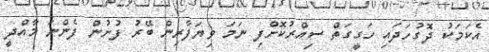
އެކަމަކު ދޮގުހަދައި ހަގީގަތް ސިއްރުކޮށްފި ނަމަ ވިޔަފާރިން ބޭރު ފުށުން ފެންނަ މާއްދީ